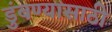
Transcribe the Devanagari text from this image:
डुंबण्यासाठी